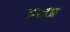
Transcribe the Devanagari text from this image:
इसप्र